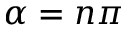
\alpha = n \pi